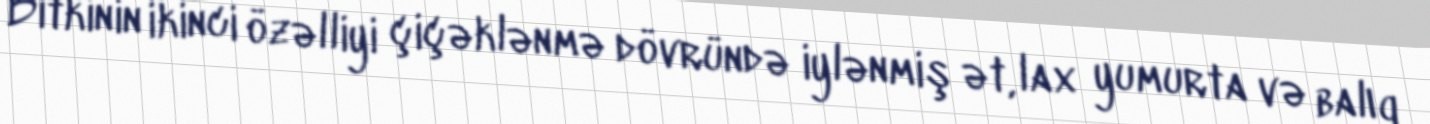
Bitkinin ikinci özəlliyi çiçəklənmə dövründə iylənmiş ət, lax yumurta və balıq